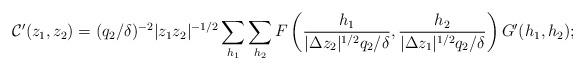
LaTeX: \begin{align*}\mathcal{C}'(z_1, z_2) = (q_2/\delta)^{-2}|z_1z_2|^{-1/2}\sum_{h_1}\sum_{h_2}F\left(\frac{h_1}{|\Delta z_2|^{1/2}q_2/\delta}, \frac{h_2}{|\Delta z_1|^{1/2}q_2/\delta}\right)G'(h_1, h_2);\end{align*}